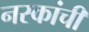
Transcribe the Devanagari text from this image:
नस्कांची